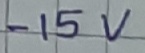
Text: -15V